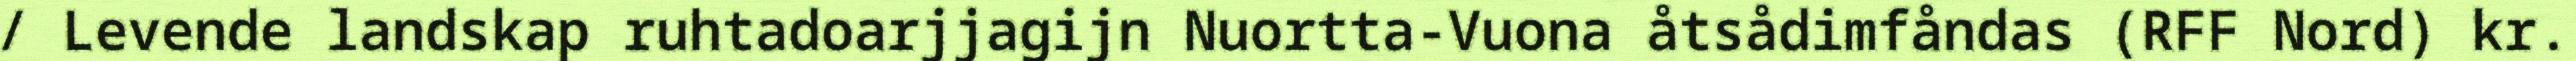
/ Levende landskap ruhtadoarjjagijn Nuortta-Vuona åtsådimfåndas (RFF Nord) kr.